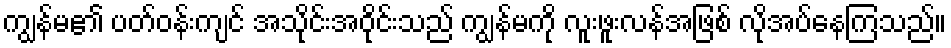
ကျွန်မ၏ ပတ်ဝန်းကျင် အသိုင်းအဝိုင်းသည် ကျွန်မကို လူးဖူးလန်အဖြစ် လိုအပ်နေကြသည်။